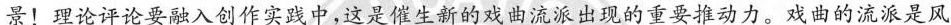
景！理论评论要融入创作实践中，这是催生新的戏曲流派出现的重要推动力。戏曲的流派是风